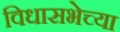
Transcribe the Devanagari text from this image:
विधासभेच्या